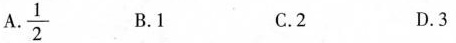
A. \frac{1}{2} B.1 C.2 D.3